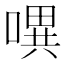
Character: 𭊈